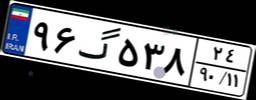
۹۶گ۵۳۸۲۴